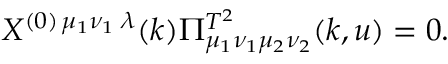
X ^ { ( 0 ) \, \mu _ { 1 } \nu _ { 1 } \; \lambda } ( k ) \Pi _ { \mu _ { 1 } \nu _ { 1 } \mu _ { 2 } \nu _ { 2 } } ^ { T ^ { 2 } } ( k , u ) = 0 .